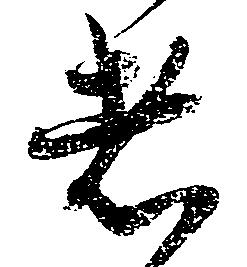
者